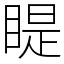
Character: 睼